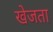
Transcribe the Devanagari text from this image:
खेजता